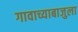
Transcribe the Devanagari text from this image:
गावाच्याबाजुला